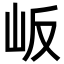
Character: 岅